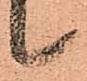
候